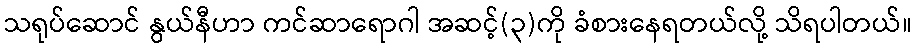
သရုပ်ဆောင် နွယ်နီဟာ ကင်ဆာရောဂါ အဆင့်(၃)ကို ခံစားနေရတယ်လို့ သိရပါတယ်။